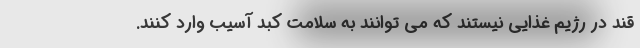
قند در رژیم غذایی نیستند که می توانند به سلامت کبد آسیب وارد کنند.